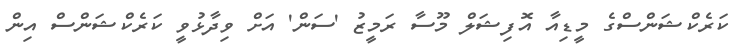
ކަރެކްޝަންސްގެ މީޑިއާ އޮފިޝަލް މޫސާ ރަމީޒު 'ސަން' އަށް ވިދާޅުވީ ކަރެކްޝަންސް އިން